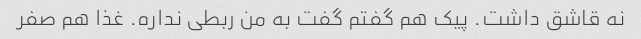
نه قاشق داشت. پیک هم گفتم گفت به من ربطی نداره. غذا هم صفر